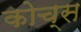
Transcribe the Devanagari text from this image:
कोच्स